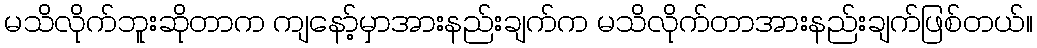
မသိလိုက်ဘူးဆိုတာက ကျနော့်မှာအားနည်းချက်က မသိလိုက်တာအားနည်းချက်ဖြစ်တယ်။